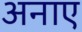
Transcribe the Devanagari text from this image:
अनाए